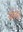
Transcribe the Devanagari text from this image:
ब्लेड।